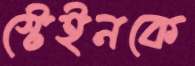
স্টেইনকে